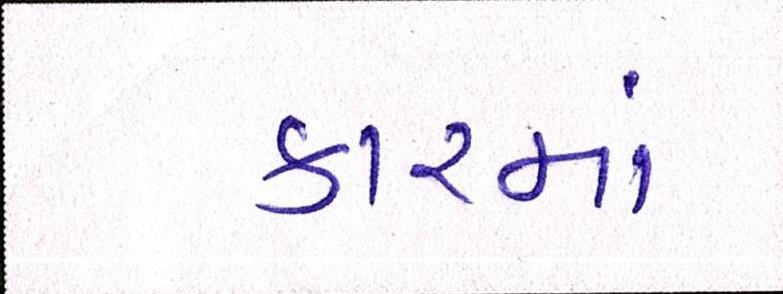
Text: કારમાં